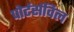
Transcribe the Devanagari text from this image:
पोर्टर्सविल